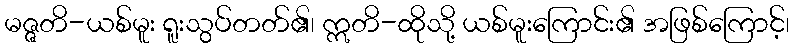
မဇ္ဇတိ-ယစ်မူး ရူးသွပ်တတ်၏၊ ဣတိ-ထိုသို့ ယစ်မူးကြောင်း၏ အဖြစ်ကြောင့်၊